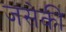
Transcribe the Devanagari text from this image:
जसेकी